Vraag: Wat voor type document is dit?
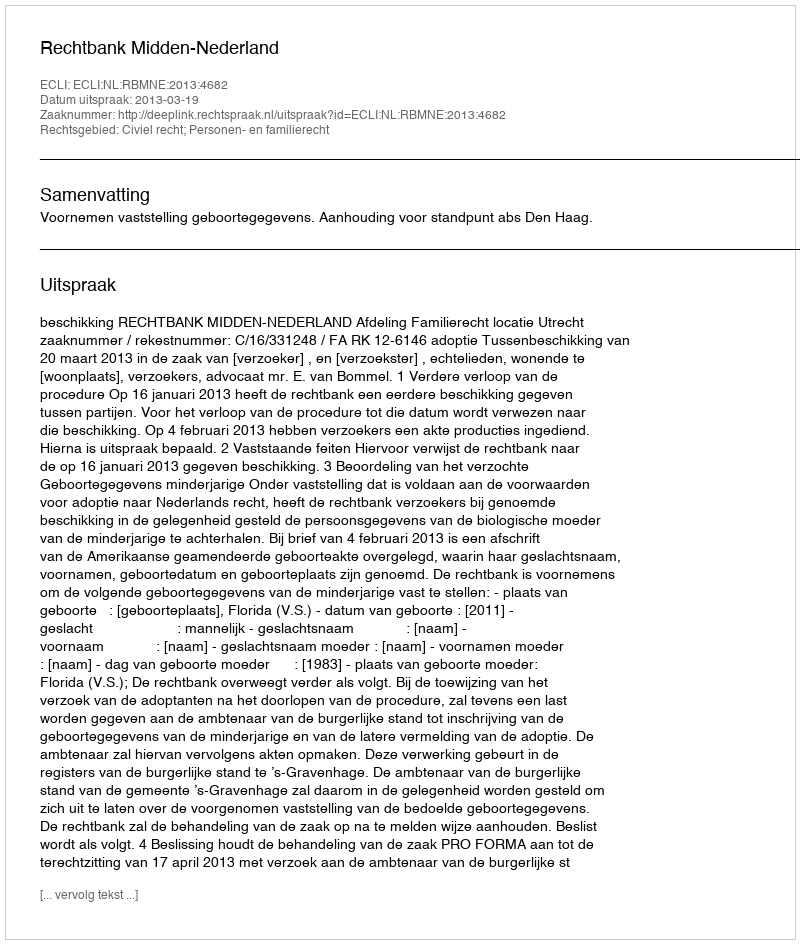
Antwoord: Uitspraak